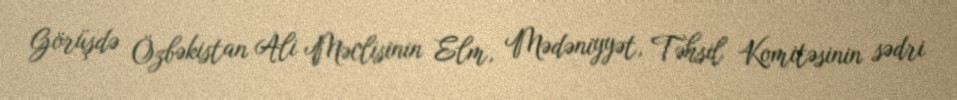
Görüşdə Özbəkistan Ali Məclisinin Elm, Mədəniyyət, Təhsil Komitəsinin sədri